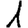
Digit: 1